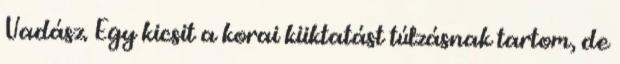
Vadász. Egy kicsit a korai kiiktatást túlzásnak tartom, de